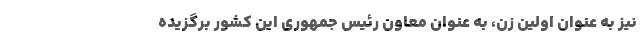
نیز به عنوان اولین زن، به عنوان معاون رئیس جمهوری این کشور برگزیده